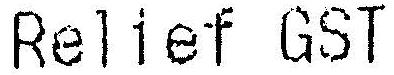
RELIEF GST